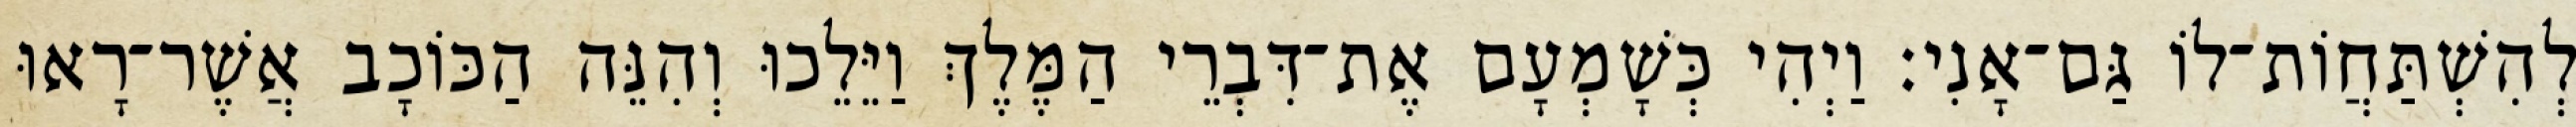
לְהִשְׁתַּחֲוֹת־לוֹ גַּם־אָנִי׃ וַיְהִי כְּשָׁמְעָם אֶת־דִּבְרֵי הַמֶּלֶךְ וַיֵּלֵכוּ וְהִנֵּה הַכּוֹכָב אֲשֶׁר־רָאוּ